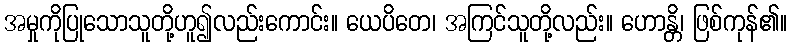
အမှုကိုပြုသောသူတို့ဟူ၍လည်းကောင်း။ ယေပိတေ၊ အကြင်သူတို့လည်း။ ဟောန္တိ၊ ဖြစ်ကုန်၏။